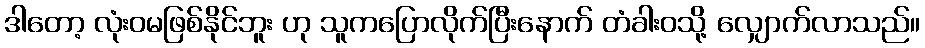
ဒါတော့ လုံးဝမဖြစ်နိုင်ဘူး ဟု သူကပြောလိုက်ပြီးနောက် တံခါးဝသို့ လျှောက်လာသည်။